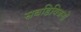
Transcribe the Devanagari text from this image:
सबडिविजनों